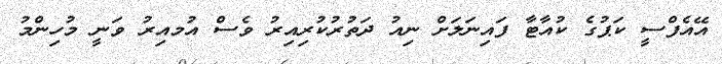
އޭއެފްސީ ކަޕުގެ ކުއާޓާ ފައިނަލަށް ނިއު ދަތުރުކުރިއިރު ވެސް އުމއިރު ވަނީ މުހިންމު